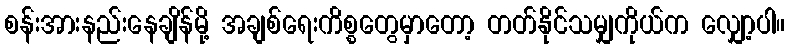
စန်းအားနည်းနေချိန်မို့ အချစ်ရေးကိစ္စတွေမှာတော့ တတ်နိုင်သမျှကိုယ်က လျှော့ပါ။